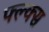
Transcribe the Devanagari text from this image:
फ्ल्क्स